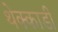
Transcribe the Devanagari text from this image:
थेक्काडी